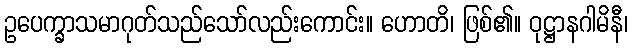
ဥပေက္ခာသမာဂုတ်သည်သော်လည်းကောင်း။ ဟောတိ၊ ဖြစ်၏။ ဝုဋ္ဌာနဂါမိနီ၊